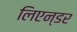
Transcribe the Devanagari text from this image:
लिएन्डर